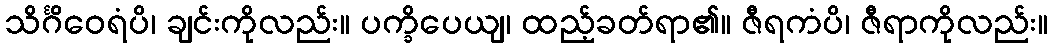
သိင်္ဂိဝေရံပိ၊ ချင်းကိုလည်း။ ပက္ခိပေယျ၊ ထည့်ခတ်ရာ၏။ ဇီရကံပိ၊ ဇီရာကိုလည်း။